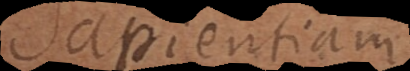
Sapientiam